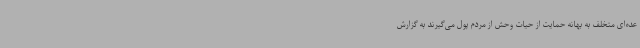
عده‌ای متخلف به بهانه حمایت از حیات‌ وحش از مردم پول می‌گیرند به گزارش